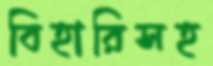
বিহারিসহ